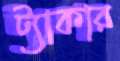
ট্যাকার